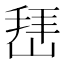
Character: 𰎬